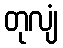
တုလျံ